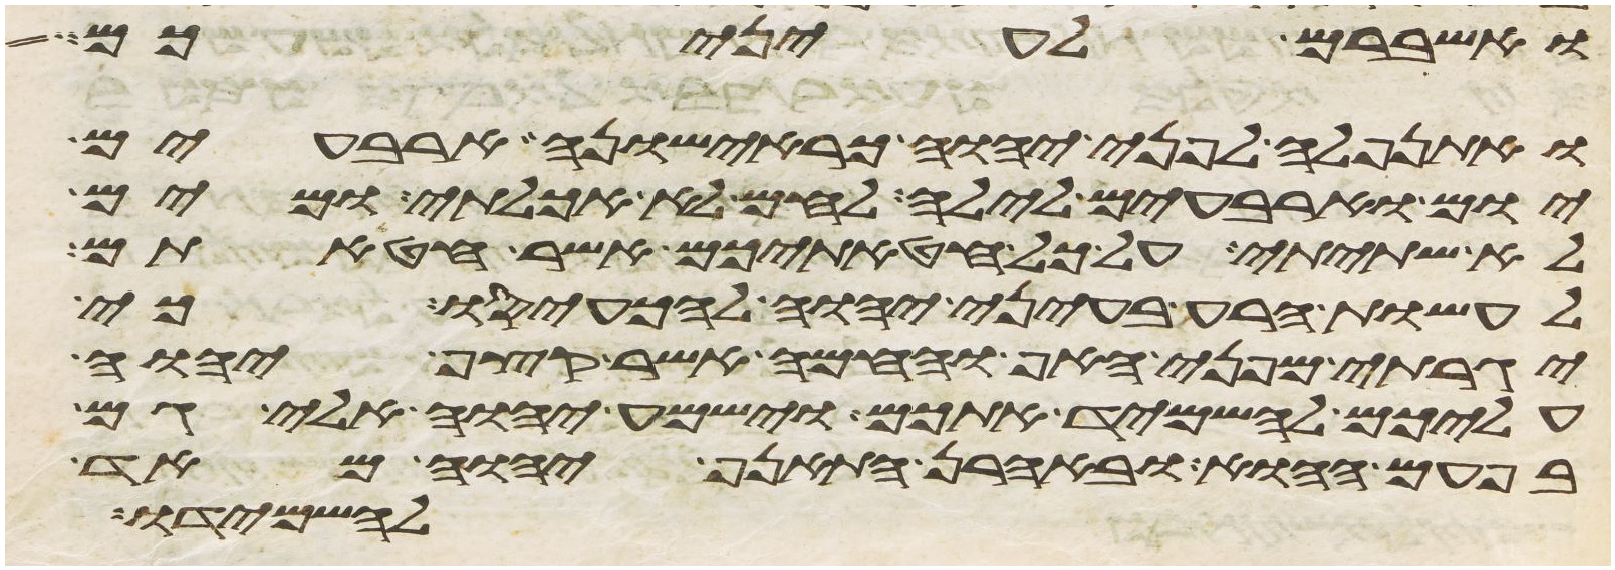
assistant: ואשברם לעיניכם
ואתנפלה לפני יהוה כראישונה ארבעים
יום וארבעים לילה לחם לא אכלתי ומים
לא שתיתי על כל חטאתיכם אשר חטאתם
לעשות הרע בעיני יהוה להכעיסו כי
יגרתי מפני האף והחמה אשר קצף יהוה
עליכם להשמיד אתכם וישמע יהוה אלי גם
בפעם ההוא ובאהרן התאנף יהוה מאד
להשמידו